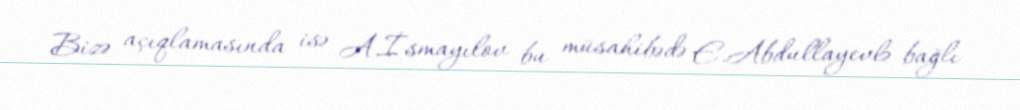
Bizə açıqlamasında isə A.İsmayılov bu müsahibədə E.Abdullayevlə bağlı